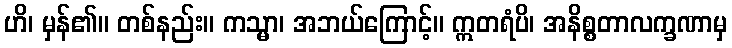
ဟိ၊ မှန်၏။ တစ်နည်း။ ကသ္မာ၊ အဘယ်ကြောင့်။ ဣတရံပိ၊ အနိစ္စတာလက္ခဏာမှ